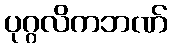
ပုဂ္ဂလိကဘဏ်